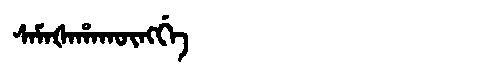
Manchu: ᠰᠠᠮᠠᡧᠠᡥᠠᡴᡡᠩᡤᡝ
Romanization: SAMAŠAHAKŪNGGE